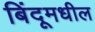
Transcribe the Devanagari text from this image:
बिंदूमधील